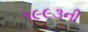
૧૯૯૩ની